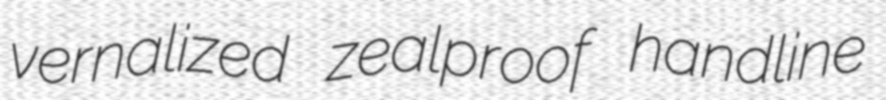
vernalized zealproof handline